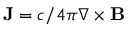
\mathbf { J } = c / 4 \pi \nabla \times \mathbf { B }